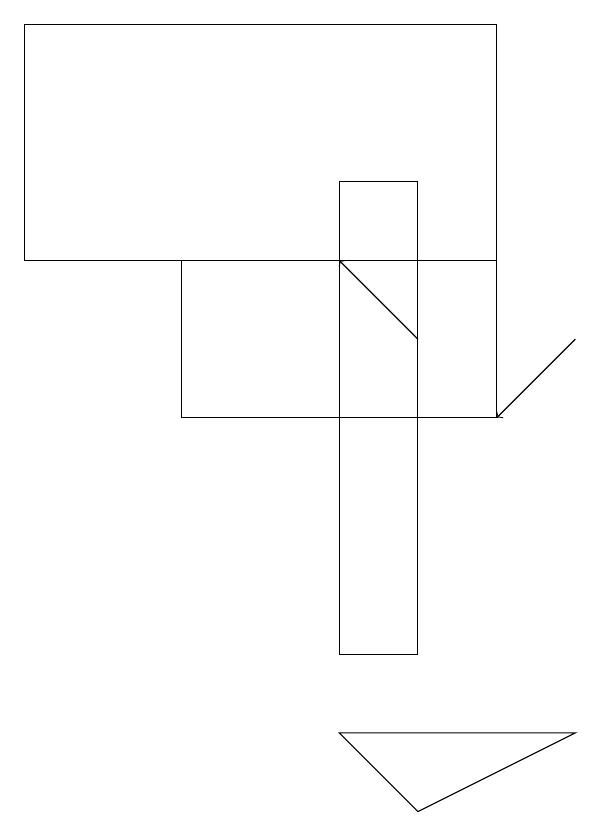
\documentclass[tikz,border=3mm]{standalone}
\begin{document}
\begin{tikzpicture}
\draw[->] (6,14) -- (5,15);
\draw (6,16) rectangle (5,10);
\draw (6,8) -- (8,9) -- (5,9) -- cycle;
\draw[->] (8,14) -- (7,13);
\draw (1,15) rectangle (7,18);
\draw (7,15) rectangle (3,13);
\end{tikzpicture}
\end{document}